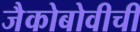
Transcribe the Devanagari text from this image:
जैकोबोवीची